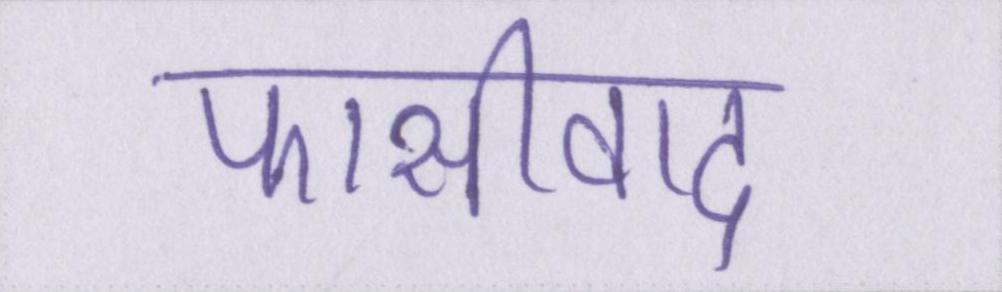
फासीवाद